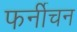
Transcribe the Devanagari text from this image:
फर्नीचन